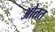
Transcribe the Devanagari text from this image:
ओतत